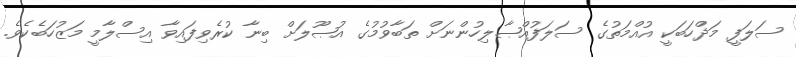
ސަލަފީ މަޛްހަބަކީ އުއްމަތުގެ ސަލަފުއްޞާލިހުންނަށް ތަބާވުމުގެ އުޞޫލަށް ބިނާ ކުރެވިފައިވާ އިސްލާމީ މަޒުހަބެކެވެ.